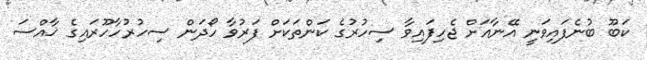
ކަބޫ ބުނެފައިވަނީ އޭނާއަށް ޖެހިފައިވާ ސިހުރުގެ ކަންތަކަށް ފަރުވާ ހޯދަން ސިހުރުހާހޫރައިގެ ޚާއްސަ